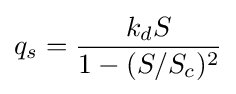
q_{s}={\frac {k_{d}S}{1-(S/S_{c})^{2}}}\,\!